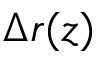
\Delta r ( z )